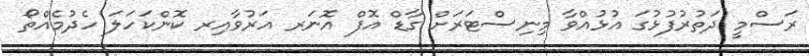
ރަސްމީ ދަތުރުފުޅުގަ އުޅުއްވާ މިނިސްޓަރަށް ގާޑް އޮފް އޮނަރ އަރުވާއިރ ކޮންކަހަލަ ހެދުމެއްތޯ